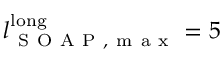
l _ { \mathrm { ~ S ~ O ~ A ~ P ~ , ~ m ~ a ~ x ~ } } ^ { \mathrm { l o n g } } = 5